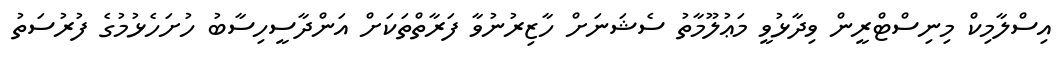
އިސްލާމިކް މިނިސްޓްރީން ވިދާޅުވީ މަޢުލޫމާތު ސެޝަނަށް ހާޒިރުނުވާ ފަރާތްތަކަށް އަންދާސީހިސާބު ހުށަހެޅުމުގެ ފުރުސަތު